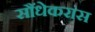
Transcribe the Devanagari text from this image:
सौंधेकरांस